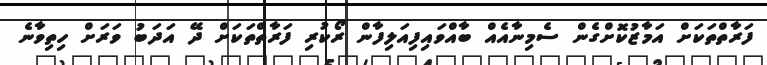
ފަރާތްތަކަށް އަމާޒުކޮށްގެން ސެމިނާއެއް ބާއްވައިފިއަލިފާން ރޯކުރި ފަރާތްތަކަށް ދޭ އަދަބު ވަރަށް ހިތިވާނެ